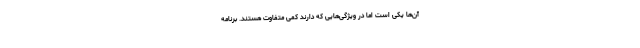
آن‌ها یکی است اما در ویژگی‌هایی که دارند کمی متفاوت هستند. برنامه